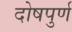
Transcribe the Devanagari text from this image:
दोषपुर्ण